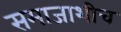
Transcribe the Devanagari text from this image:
समाजाशीच